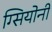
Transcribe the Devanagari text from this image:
ग्सियोनी